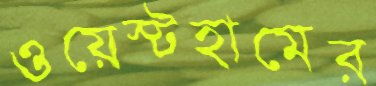
ওয়েস্টহামের